King Institute of Preventive Medicine Bacteriolog. Section reports 1907-08
Year: 1907
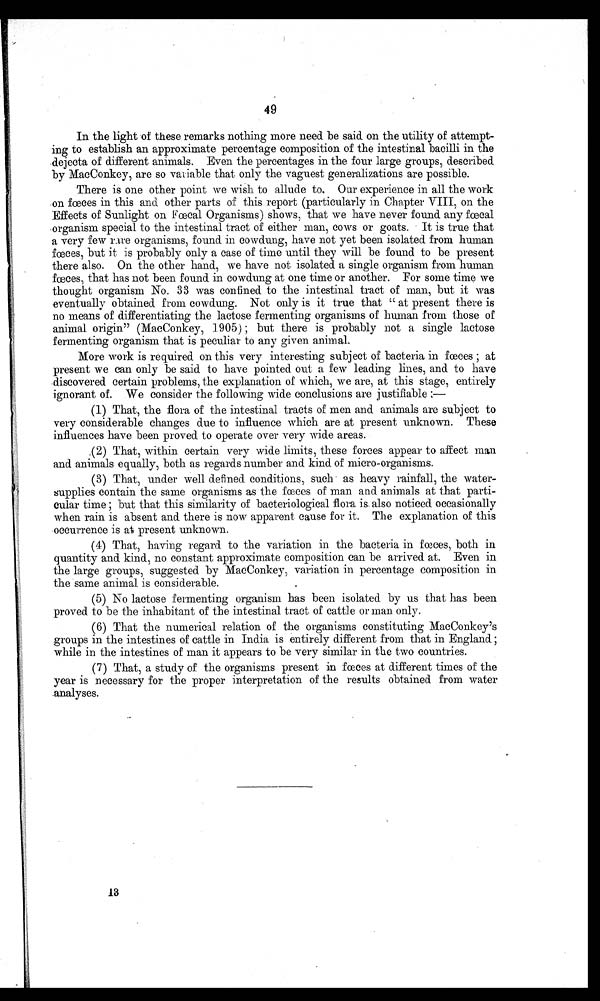
49
In the light of these remarks nothing more need be said on the utility of attempt-
ing to establish an approximate percentage composition of the intestinal bacilli in the
dejecta of different animals. Even the percentages in the four large groups, described.
by MacConkey, are so variable that only the vaguest generalizations are possible.
There is one other point we wish to allude to. Our experience in all the work
on faces in this and other parts of this report (particularly in Chapter VIII, on the
Effects of Sunlight on Fœcal Organisms) shows, that we have never found any fœcal
organism special to the intestinal tract of either man, cows or goats. It is true that
a very few rue organisms, found in cowdung, have not yet been isolated from human
fœces, but it is probably only a case of time until they will be found to be present
there also. On the other hand, we have not isolated a single organism from human
faces,, that has not been found in cowdung at one time or another. For some time we
thought organism No. 33 was confined to the intestinal tract of man, but it was
eventually obtained from eowdung. Not only is it true that " at present there is
no means of differentiating the lactose fermenting organisms of human from those of
animal origin" (MacConkey, 1905) ; but there is probably not a single lactose
fermenting organism that is peculiar to any given animal.
More work is required on this very interesting subject of bacteria in fœces ; at
present we can only be said to have pointed out a few leading lines, and to have
discovered certain problems, the explanation of which, we are, at this stage, entirely
ignorant of. We consider the following wide conclusions are justifiable:-
(1) That, the flora of the intestinal tracts of men and animals are subject to
very considerable changes due to influence which are at present unknown. These
influences have been proved to operate over very wide areas.
,(2) That, within certain very wide limits, these forces appear to affect man
and animals equally, both as regards number and kind of micro-organisms.
(3) That, under well defined conditions, such as heavy rainfall, the water-
supplies contain the same organisms as the feces of man and animals at that parti-
cular time ; but that this similarity of bacteriological flora is. also noticed occasionally
when rain is absent and there is now apparent cause for it. The explanation of this
occurrence is at present unknown.
(4) That, having regard to the variation in the bacteria in fœces, both in
quantity and kind, no constant approximate composition can be arrived at. Even in
the large groups, suggested by MacConkey, variation in percentage composition in
the same animal is considerable.
(5) No lactose fermenting organism has been isolated by us that has been
proved to be the inhabitant of the intestinal tract of cattle or man only.
(6) That the numerical relation of the organisms constituting MacConkey's
groups in the intestines of cattle in India is entirely different from that in England ;
while in the intestines of man it appears to be very similar in the two countries.
(7) That, a study of the organisms present in fœces at different times of the
year is necessary for the proper interpretation of the results obtained from water
analyses.